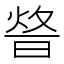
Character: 𤉴